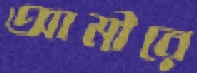
আমীরে